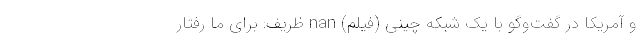
و آمریکا در گفت‌وگو با یک شبکه چینی (فیلم) nan ظریف: برای ما رفتار